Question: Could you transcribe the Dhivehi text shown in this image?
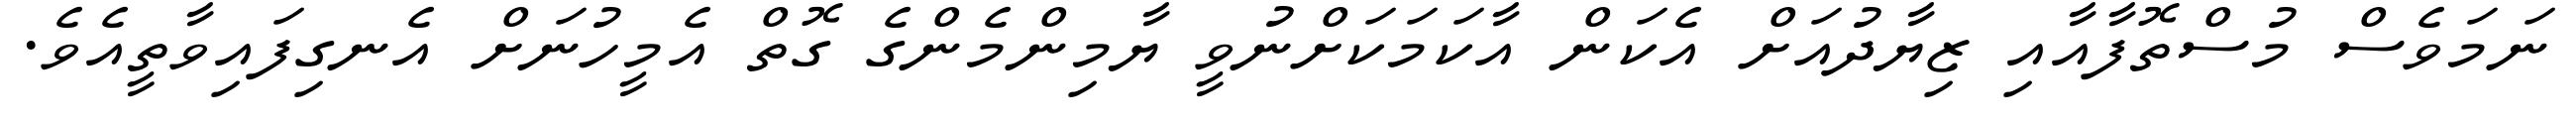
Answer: ނަމަވެސް މުސްތޮފާއާއި ޒިޔާދުއަށް އެކަން އާކަމަކަށްނުވީ ޔާމިންމެންގެ ގޮތް އެމީހުނަށް އެނގިފައިވާތީއެވެ.